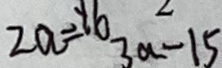
2 a = y 6 _ { 3 a - 1 5 }